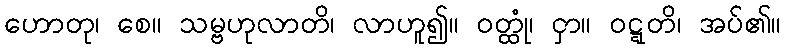
ဟောတု၊ စေ။ သမ္ဗဟုလာတိ၊ လာဟူ၍။ ဝတ္ထုံ၊ ငှာ။ ဝဋ္ဋတိ၊ အပ်၏။